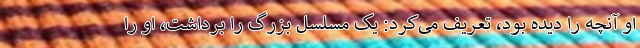
او آنچه را دیده بود، تعریف می‌کرد: یک مسلسل بزرگ را برداشت، او را